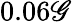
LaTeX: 0.06\mathscr{G}